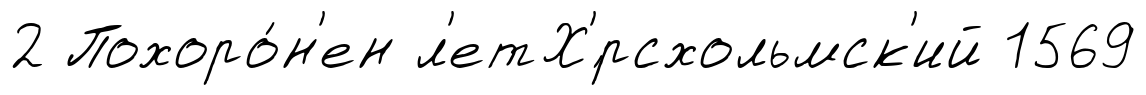
2 Похоро́н'ен л'етХ'́рсхольмск'ий 1569